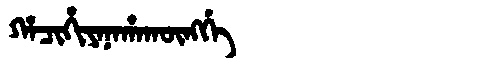
Manchu: ᡥᠠᠴᡳᡥᡳᠶᠠᠨᠠᡥᠠᡴᡡᠩᡤᡝ
Romanization: HACIHIYANAHAKŪNGGE